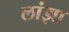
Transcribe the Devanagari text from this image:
लांझा